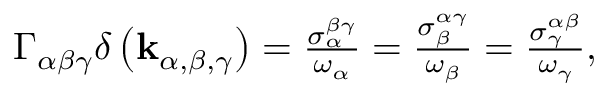
\begin{array} { r } { \Gamma _ { \alpha \beta \gamma } \delta \left( \mathbf { k } _ { \alpha , \beta , \gamma } \right) = \frac { \sigma _ { \alpha } ^ { \beta \gamma } } { \omega _ { \alpha } } = \frac { \sigma _ { \beta } ^ { \alpha \gamma } } { \omega _ { \beta } } = \frac { \sigma _ { \gamma } ^ { \alpha \beta } } { \omega _ { \gamma } } , } \end{array}